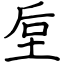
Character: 垕